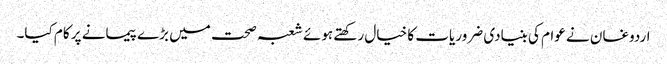
اردوغان نے عوام کی بنیادی ضروریات کا خیال رکھتے ہوئے شعبہ صحت میں بڑے پیمانے پر کام کیا۔